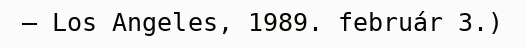
– Los Angeles, 1989. február 3.)